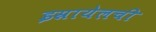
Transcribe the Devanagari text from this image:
इस्रायेलची